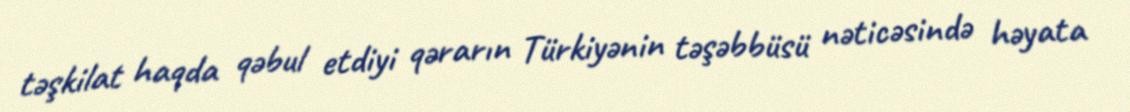
təşkilat haqda qəbul etdiyi qərarın Türkiyənin təşəbbüsü nəticəsində həyata